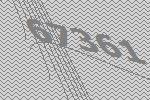
67361